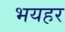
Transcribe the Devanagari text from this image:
भयहर